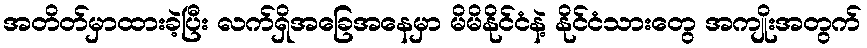
အတိတ်မှာထားခဲ့ပြီး လက်ရှိအခြေအနေမှာ မိမိနိုင်ငံနဲ့ နိုင်ငံသားတွေ အကျိုးအတွက်